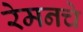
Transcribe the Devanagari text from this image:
रेमनचे